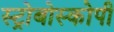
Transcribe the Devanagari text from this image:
स्ट्रोबोस्कोपी